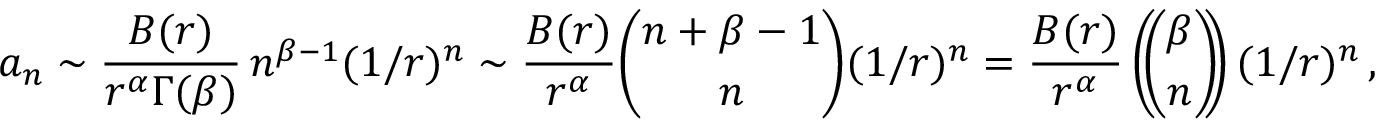
a _ { n } \sim { \frac { B ( r ) } { r ^ { \alpha } \Gamma ( \beta ) } } \, n ^ { \beta - 1 } ( 1 / r ) ^ { n } \sim { \frac { B ( r ) } { r ^ { \alpha } } } { \binom { n + \beta - 1 } { n } } ( 1 / r ) ^ { n } = { \frac { B ( r ) } { r ^ { \alpha } } } \left( \! \! { \binom { \beta } { n } } \! \! \right) ( 1 / r ) ^ { n } \, ,